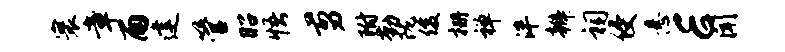
寰章雨建管昭悟剪附勤陇俊栅禅泮辫祠侵悬E闻